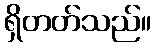
ရှိတတ်သည်။